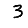
Digit: 3